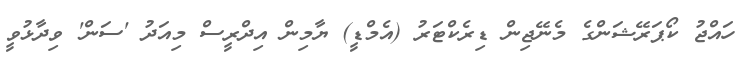
ހައްޖު ކޯޕަރޭޝަންގެ މެނޭޖިން ޑިރެކްޓަރު (އެމްޑީ) ޔާމިން އިދްރީސް މިއަދު 'ސަން' ވިދާޅުވީ